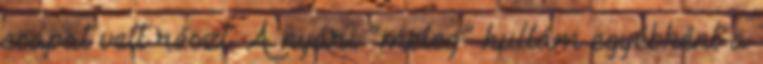
csapat vett részt. A nyári “meleg” hullám egyébként a